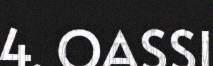
4. OASSI